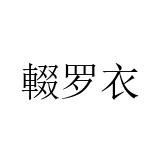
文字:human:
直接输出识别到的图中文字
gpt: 輟罗衣